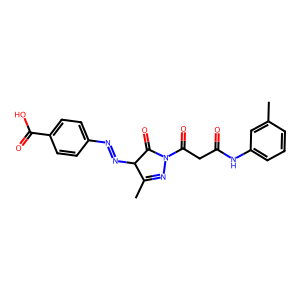
SMILES: CC1=NN(C(=O)CC(=O)Nc2cccc(C)c2)C(=O)C1N=Nc1ccc(C(=O)O)cc1
Inhibits HIV replication: No